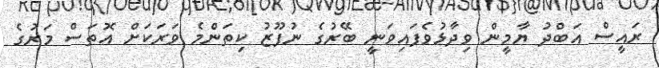
ރައީސް އަބްދު ޔާމީން ވިދާޅުވެފައިވަނީ ބޭރުގެ ނުފޫޒު ކިތަންމެ ވަރަކަށް އޮތަސް މަރުގެ